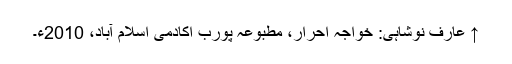
↑ عارف نوشاہی: خواجہ احرار، مطبوعہ پورب اکادمی اسلام آباد، 2010ء۔